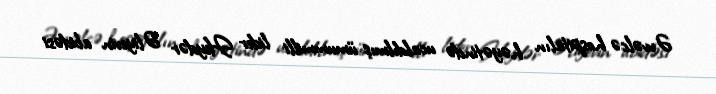
Əvvəlcə hospitalın həyətində ucaldılmış ümummilli lider Heydər Əliyevin abidəsi